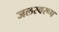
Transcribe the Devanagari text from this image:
जलस्वरूप